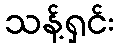
သန့်ရှင်း